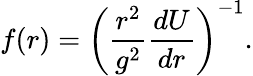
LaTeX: f(r)=\left(\frac{r^{2}}{g^{2}}\frac{dU}{dr}\right)^{-1}.